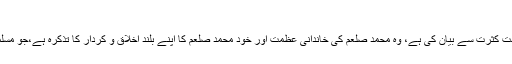
خاندان اور سیرت و کردار کی دلیل
مسلمانوں نے محمد صلعم کی نبوت کی دلیل کے طور پر ایک اور بات جو بہت کثرت سے بیان کی ہے، وہ محمد صلعم کی خاندانی عظمت اور خود محمد صلعم کا اپنے بلند اخلاق و کردار کا تذکرہ ہے،جو مسلمانوں کے مطابق تمام تر مخالفت کے باوجود مشرکین مکہ کو بھی تسلیم تھا۔